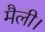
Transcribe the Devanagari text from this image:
मैली।